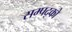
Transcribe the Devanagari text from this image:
सम्पद्को